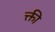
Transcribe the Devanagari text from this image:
क्ती